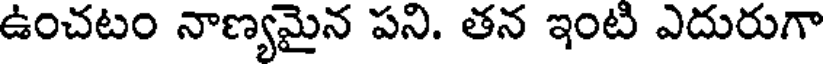
ఉంచటం నాణ్యమైన పని. తన ఇంటి ఎదురుగా